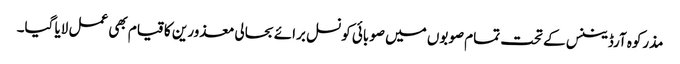
مذرکوہ آرڈیننس کے تحت تمام صوبوں میں صوبائی کونسل برائے بحالی معذورین کا قیام بھی عمل لایا گیا۔